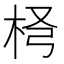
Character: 𣐢